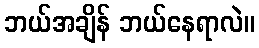
ဘယ်အချိန် ဘယ်နေရာလဲ။